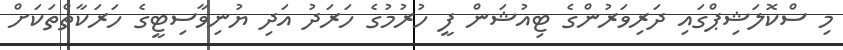
މި ސްކޮލަޝިޕްގައި ދަރިވަރުންގެ ޓިއުޝަން ފީ ހުރުމުގެ ހަރަދު އަދި ޔުނިވާސިޓީގެ ހަރަކާތްތަކަށް